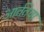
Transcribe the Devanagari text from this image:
आर्ततेचा